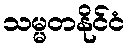
သမ္မတနိုင်ငံ